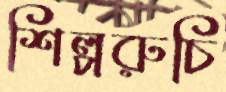
শিল্পরুচি